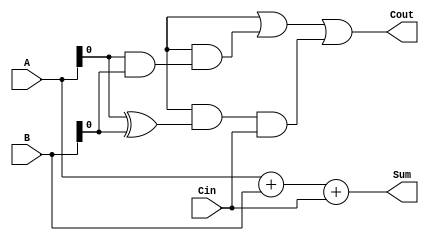
module carry_lookahead_adder (
    input [3:0] A,
    input [3:0] B,
    input Cin,
    output [3:0] Sum,
    output Cout
);

wire P, G, C0, C1, C2, C3;

// Generate P and G terms
assign P = A ^ B;
assign G = A & B;

// Calculate Carry-out signals
assign C0 = Cin;
assign C1 = G[0] | (P[0] & C0);
assign C2 = G[1] | (P[1] & G[0]) | (P[1] & P[0] & C0);
assign C3 = G[2] | (P[2] & G[1]) | (P[2] & P[1] & G[0]) | (P[2] & P[1] & P[0] & C0);

// Calculate Sum output
assign Sum = A + B + Cin;

// Calculate Carry-out
assign Cout = C3;

endmodule